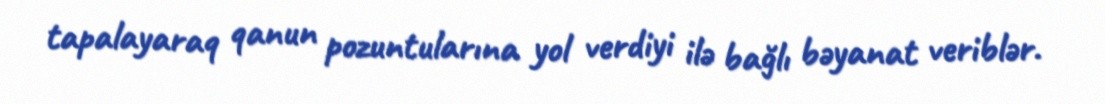
tapalayaraq qanun pozuntularına yol verdiyi ilə bağlı bəyanat veriblər.